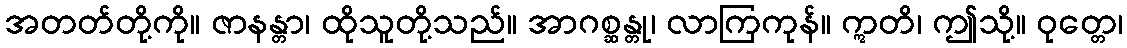
အတတ်တို့ကို။ ဇာနန္တာ၊ ထိုသူတို့သည်။ အာဂစ္ဆန္တု၊ လာကြကုန်။ ဣတိ၊ ဤသို့။ ဝုတ္တေ၊